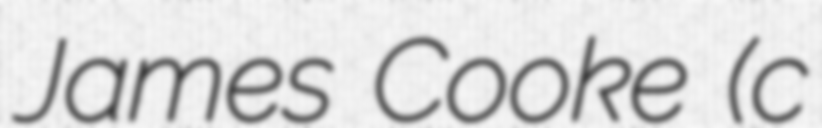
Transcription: James Cooke (c